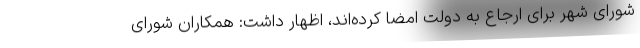
شورای شهر برای ارجاع به دولت امضا کرده‌اند، اظهار داشت: همکاران شورای